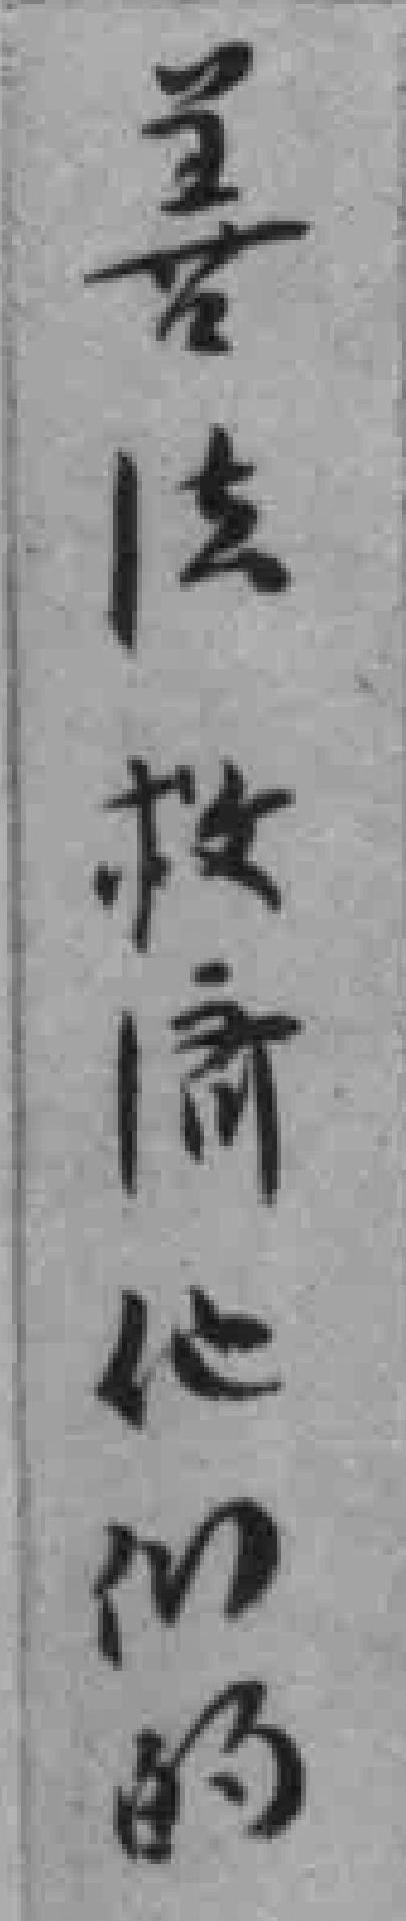
善法救済他们的